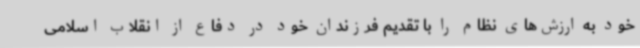
خود به ارزش‌های نظام را با تقدیم فرزندان خود در دفاع از انقلاب اسلامی